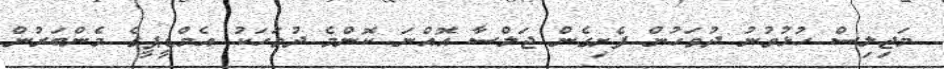
މަޖިލިސް ހުޅުވުނު ދުވަހުން ފެށިގެން ޖަލްސާ އޮއްނަ ކޮންމެ ދުވަހަކު އެމްޑީޕީގެ މެންބަރުން